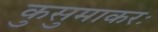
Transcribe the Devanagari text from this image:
कुसुमाकरः